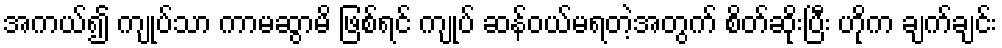
အကယ်၍ ကျုပ်သာ ကာမဆွာမိ ဖြစ်ရင် ကျုပ် ဆန်ဝယ်မရတဲ့အတွက် စိတ်ဆိုးပြီး ဟိုက ချက်ချင်း